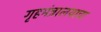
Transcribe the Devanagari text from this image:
गृहमंत्रालयाचा